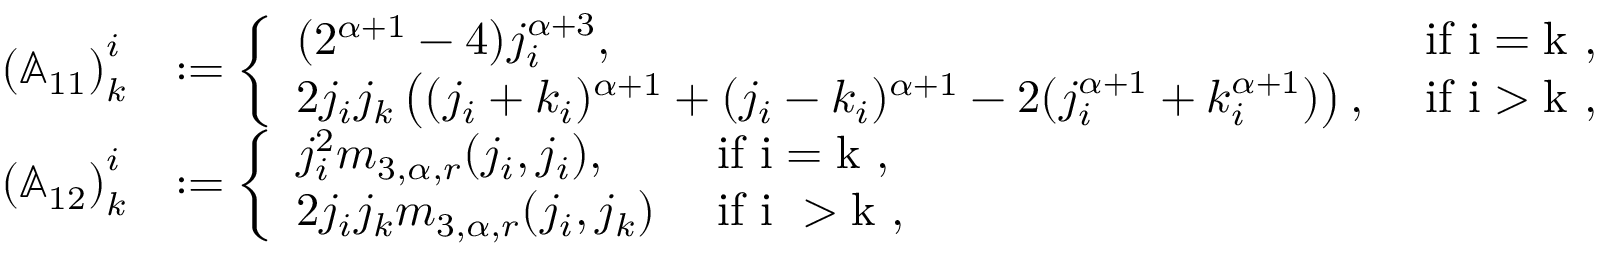
\begin{array} { r l } { \left( \mathbb { A } _ { 1 1 } \right) _ { k } ^ { i } } & { : = \left\{ \begin{array} { l l } { ( 2 ^ { \alpha + 1 } - 4 ) j _ { i } ^ { \alpha + 3 } , } & { \mathrm { ~ i f ~ i = k ~ , } } \\ { 2 j _ { i } j _ { k } \left( ( j _ { i } + k _ { i } ) ^ { \alpha + 1 } + ( j _ { i } - k _ { i } ) ^ { \alpha + 1 } - 2 ( j _ { i } ^ { \alpha + 1 } + k _ { i } ^ { \alpha + 1 } ) \right) , } & { \mathrm { ~ i f ~ i > k ~ , } } \end{array} \right. } \\ { \left( \mathbb { A } _ { 1 2 } \right) _ { k } ^ { i } } & { : = \left\{ \begin{array} { l l } { j _ { i } ^ { 2 } m _ { 3 , \alpha , r } ( j _ { i } , j _ { i } ) , } & { \mathrm { ~ i f ~ i = k ~ } , } \\ { 2 j _ { i } j _ { k } m _ { 3 , \alpha , r } ( j _ { i } , j _ { k } ) } & { \mathrm { ~ i f ~ i ~ > k ~ , } } \end{array} \right. } \end{array}